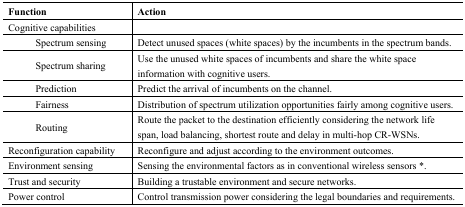
| Function | Action |
 | --- | --- |
 | Cognitive capabilities |  |
 | Spectrum sensing | Detect unused spaces (white spaces) by the incumbents in the spectrum bands. |
 | Spectrum sharing | Use the unused white spaces of incumbents and share the white space information with cognitive users. |
 | Prediction | Predict the arrival of incumbents on the channel. |
 | Fairness | Distribution of spectrum utilization opportunities fairly among cognitive users. |
 | Routing | Route the packet to the destination efficiently considering the network life span, load balancing, shortest route and delay in multi-hop CR-WSNs. |
 | Reconfiguration capability | Reconfigure and adjust according to the environment outcomes. |
 | Environment sensing | Sensing the environmental factors as in conventional wireless sensors *. |
 | Trust and security | Building a trustable environment and secure networks. |
 | Power control | Control transmission power considering the legal boundaries and requirements. |